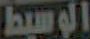
الوسيط